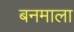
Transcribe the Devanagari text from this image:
बनमाला